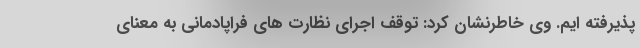
پذیرفته ایم. وی خاطرنشان کرد: توقف اجرای نظارت های فراپادمانی به معنای